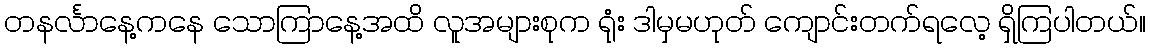
တနင်္လာနေ့ကနေ သောကြာနေ့အထိ လူအများစုက ရုံး ဒါမှမဟုတ် ကျောင်းတက်ရလေ့ ရှိကြပါတယ်။